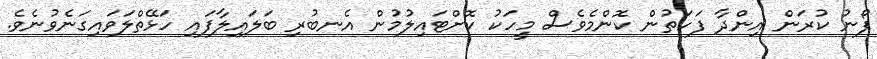
ފޯނު ކުރަން އިންދާ ފަހަތުން ކޮންމެވެސް މީހަކު ކޮށްޓައިލުމުން އެނބުރި ބަލައިލާފައި ހަޅޭތްލަވައިގަނެވުނެވެ.